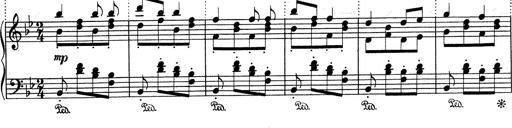
Title: RÃ©miniscences de Don Juan
Composer: Franz Liszt